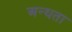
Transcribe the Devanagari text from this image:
अन्‍धता